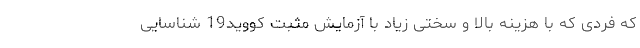
که فردی که با هزینه بالا و سختی زیاد با آزمایش مثبت کووید19 شناسایی